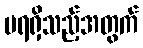
မရရှိသည့်အတွက်